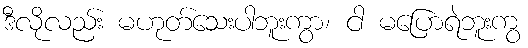
ဒီလိုလည်း မဟုတ်သေးပါဘူးကွာ၊ ငါ မပြောရဲဘူးကွ